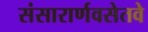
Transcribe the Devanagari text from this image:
संसारार्णवसेतवे